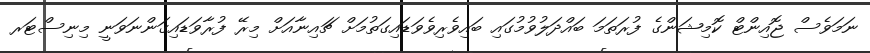
ނަމަވެސް ޖޮއިންޓް ކޮމިޝަންގެ ފުރަތަމަ ބައްދަލުވުމުގައި ބައިވެރިވެވަޑައިގަތުމަށް ޗައިނާއަށް މިރޭ ފުރާވަޑައިގަންނަވަނީ މިނިސްޓަރ